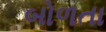
બોળતા